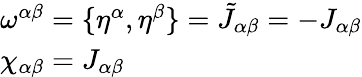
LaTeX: \begin{array}{l}{{\omega^{\alpha\beta}=\{ \eta^{\alpha},\eta^{\beta}\} =\tilde{J}_{\alpha\beta}=-J_{\alpha\beta}}}\\ {{\chi_{\alpha\beta}=J_{\alpha\beta}}}\end{array}